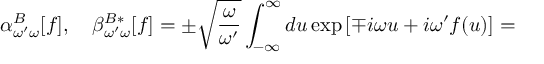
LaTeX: \alpha _ { \omega ^ { \prime } \omega } ^ { B } [ f ] , \quad \beta _ { \omega ^ { \prime } \omega } ^ { B * } [ f ] = \pm \sqrt { \frac { \omega } { \omega ^ { \prime } } } \int _ { - \infty } ^ { \infty } d u \exp \, [ \mp i \omega u + i \omega ^ { \prime } f ( u ) ] =